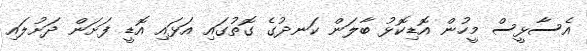
އެސާޅީސް މީހުން އޮޑިކޮޅު ބާލަން ކަނދުގެ ގޮތުގައި އަޅައި އޮޑީ ފަށަން ދަށުލައި